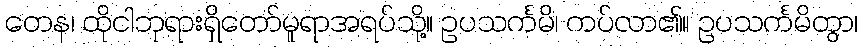
တေန၊ ထိုငါဘုရားရှိတော်မူရာအရပ်သို့။ ဥပသင်္ကမိ၊ ကပ်လာ၏။ ဥပသင်္ကမိတွာ၊